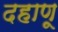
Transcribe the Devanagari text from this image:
दहाणू